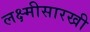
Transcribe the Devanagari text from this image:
लक्ष्मीसारखी